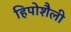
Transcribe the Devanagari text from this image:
हिपोशैली